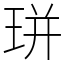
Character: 㻂